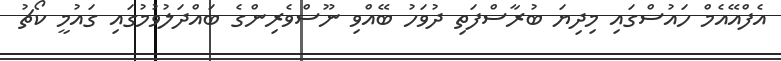
އެފްއޭއެމް ހައުސްގައި މިދިޔަ ބުރާސްފަތި ދުވަހު ބޭއްވި ނޫސްވެރިންގެ ބައްދަލުވުމުގައި ގައުމީ ކޯޗު